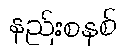
နည်းစနစ်